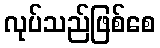
လုပ်သည်ဖြစ်စေ